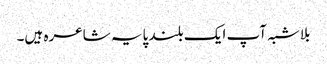
بلاشبہ آپ ایک بلند پایہ شاعرہ ہیں۔